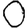
Digit: 0